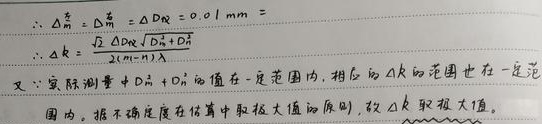
$\therefore \Delta_{\text{m}}^{\text{仪}}=\Delta_{\text{m}}^{\text{测}}=\Delta D_{\text{仪}} = 0.01\ \text{mm}$。

$\therefore \Delta k=\frac{\sqrt{2}\Delta D_{\text{仪}}\sqrt{D_{\text{m}}^{2}+D_{\text{n}}^{2}}}{\lambda(m - n)}$。

又$\because$实际测量中$D_{\text{m}}^{2}+D_{\text{n}}^{2}$的值在一定范围内，相应的$\Delta k$的范围也在一定范围内，按不确定度在估算中取极大值的原则，故$\Delta k$取极大值。